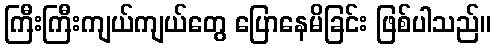
ကြီးကြီးကျယ်ကျယ်တွေ ပြောနေမိခြင်း ဖြစ်ပါသည်။